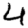
Digit: 4